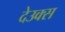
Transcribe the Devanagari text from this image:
देउक्स